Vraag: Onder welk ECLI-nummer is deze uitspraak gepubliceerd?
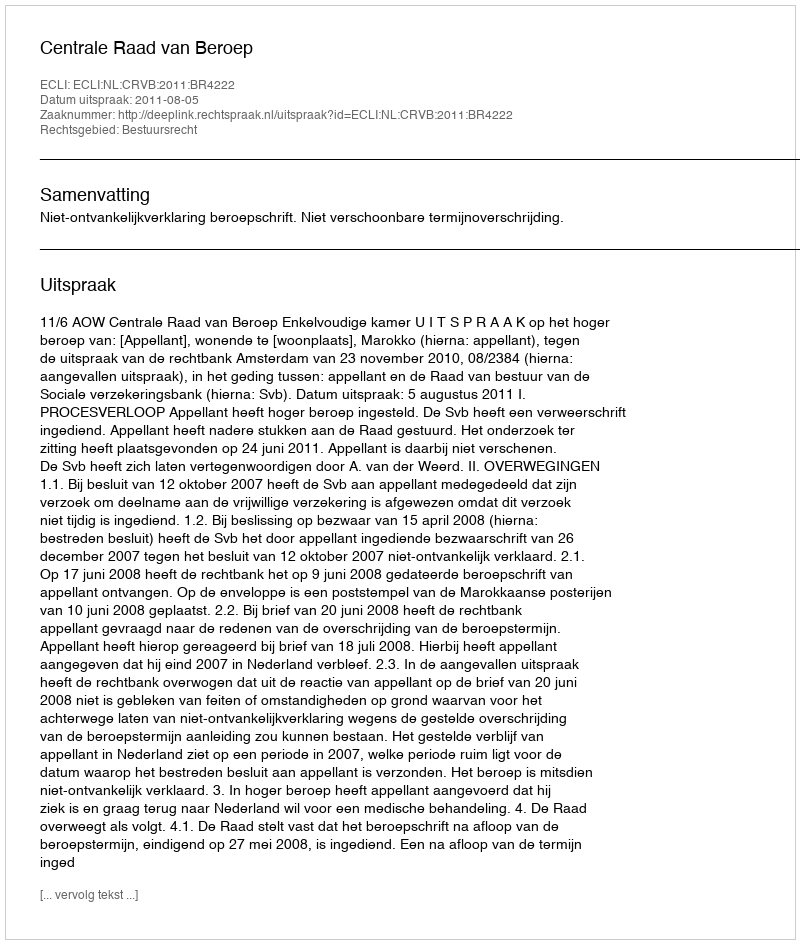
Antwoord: ECLI:NL:CRVB:2011:BR4222